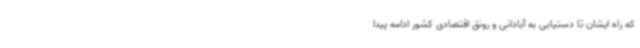
که راه ایشان تا دستیابی به آبادانی و رونق اقتصادی کشور ادامه پیدا